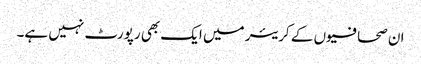
ان صحافیوں کے کریئر میں ایک بھی رپورٹ نہیں ہے۔